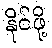
နိုင်ဖို့